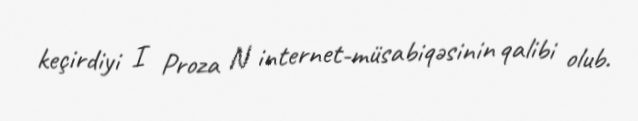
keçirdiyi I Proza N internet-müsabiqəsinin qalibi olub.